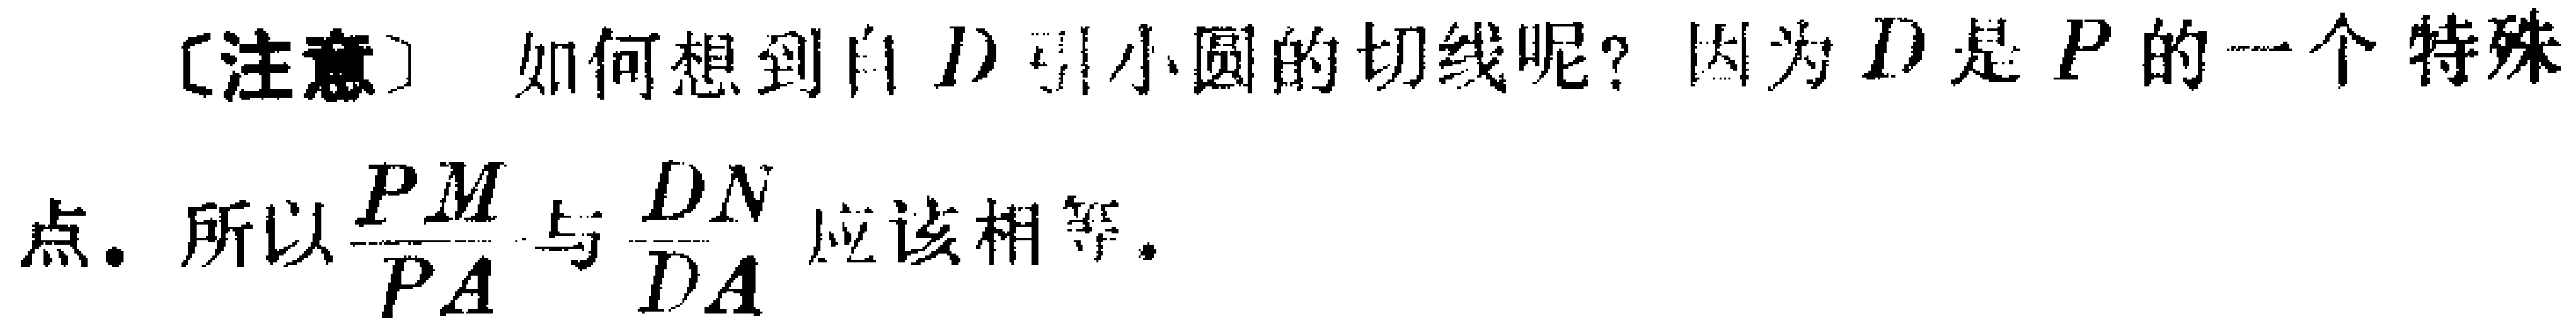
[注意] 如何想到自 \(D\) 引小圆的切线呢？因为 \(D\) 是 \(P\) 的一个特殊点. 所以 \(\frac{PM}{PA}\) 与 \(\frac{DN}{DA}\) 应该相等.